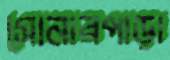
সোনারপাড়া